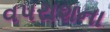
વપરાશના